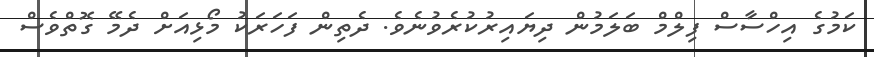
ކަމުގެ އިހްސާސް ފިލްމް ބަލަމުން ދިޔައިރުކުރެވުނެވެ. ދެތިން ފަހަރަކު މޯޅިއަށް ދެމޭ ގޮތްވެސް